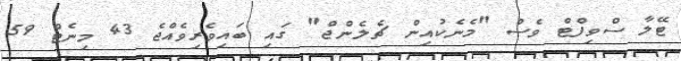
ޓޭލާ ސްވިފްޓް ވެސް "މެނެކުއިން ޗެލެންޖް" ގައި ބައިވެރިވެއްޖެ 43 މިނެޓް 59